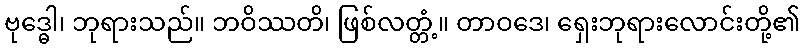
ဗုဒ္ဓေါ၊ ဘုရားသည်။ ဘဝိဿတိ၊ ဖြစ်လတ္တံ့။ တာဝဒေ၊ ရှေးဘုရားလောင်းတို့၏